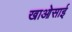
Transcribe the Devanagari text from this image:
खाओसाई